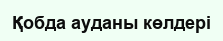
Қобда ауданы көлдері